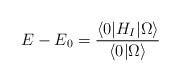
\begin{align*}E-E_0= \frac {\langle 0 | H_I | \Omega \rangle}{\langle 0 | \Omega \rangle}\end{align*}